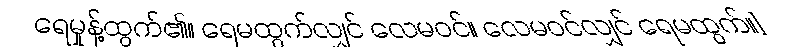
ရေမှုန့်ထွက်၏။ ရေမထွက်လျှင် လေမဝင်။ လေမဝင်လျှင် ရေမထွက်။]